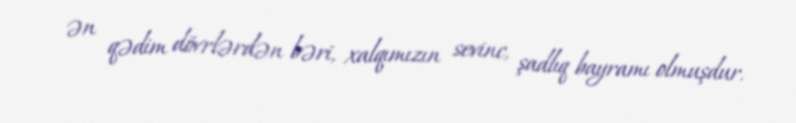
ən qədim dövrlərdən bəri, xalqımızın sevinc, şadlıq bayramı olmuşdur.